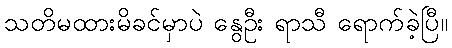
သတိမထားမိခင်မှာပဲ နွေဦး ရာသီ ရောက်ခဲ့ပြီ။